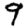
Digit: 9